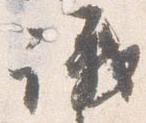
議